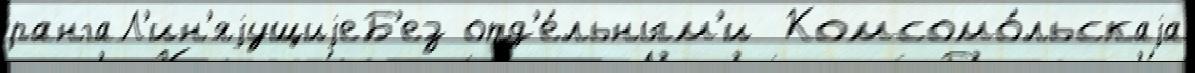
рангаЛ'ин'яjущиjеБ'ез отд'е́льным'и  Комсомо́льскаjа